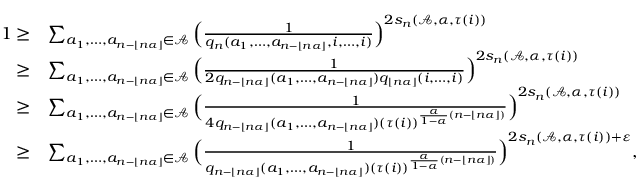
\begin{array} { r l } { 1 \ge } & { \sum _ { a _ { 1 } , \ldots , a _ { n - \lfloor n \alpha \rfloor } \in \mathcal { A } } \Big ( \frac { 1 } { q _ { n } ( a _ { 1 } , \ldots , a _ { n - \lfloor n \alpha \rfloor } , i , \ldots , i ) } \Big ) ^ { 2 s _ { n } ( \mathcal { A } , \alpha , { \tau ( i ) } ) } } \\ { \ge } & { \sum _ { a _ { 1 } , \ldots , a _ { n - \lfloor n \alpha \rfloor } \in \mathcal { A } } \Big ( \frac { 1 } { 2 q _ { n - \lfloor n \alpha \rfloor } ( a _ { 1 } , \ldots , a _ { n - \lfloor n \alpha \rfloor } ) q _ { \lfloor n \alpha \rfloor } ( i , \ldots , i ) } \Big ) ^ { 2 s _ { n } ( \mathcal { A } , \alpha , { \tau ( i ) } ) } } \\ { \ge } & { \sum _ { a _ { 1 } , \ldots , a _ { n - \lfloor n \alpha \rfloor } \in \mathcal { A } } \Big ( \frac { 1 } { 4 q _ { n - \lfloor n \alpha \rfloor } ( a _ { 1 } , \ldots , a _ { n - \lfloor n \alpha \rfloor } ) ( \tau ( i ) ) ^ { \frac { \alpha } { 1 - \alpha } ( n - \lfloor n \alpha \rfloor ) } } \Big ) ^ { 2 s _ { n } ( \mathcal { A } , \alpha , { \tau ( i ) } ) } } \\ { \ge } & { \sum _ { a _ { 1 } , \ldots , a _ { n - \lfloor n \alpha \rfloor } \in \mathcal { A } } \Big ( \frac { 1 } { q _ { n - \lfloor n \alpha \rfloor } ( a _ { 1 } , \ldots , a _ { n - \lfloor n \alpha \rfloor } ) ( \tau ( i ) ) ^ { \frac { \alpha } { 1 - \alpha } ( n - \lfloor n \alpha \rfloor ) } } \Big ) ^ { 2 s _ { n } ( \mathcal { A } , \alpha , { \tau ( i ) } ) + \varepsilon } , } \end{array}